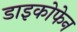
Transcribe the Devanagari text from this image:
डाइकोफेन